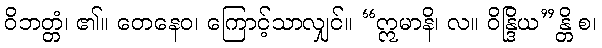
ဝိဘတ္တံ၊ ၏။ တေနေဝ၊ ကြောင့်သာလျှင်။ “ဣမာနိ၊ လ။ ဝိန္ဒြိယ”န္တိ စ၊